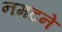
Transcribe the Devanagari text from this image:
नमटने